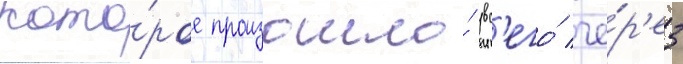
кото́рое произошло́ вс'его́ че́р'ез